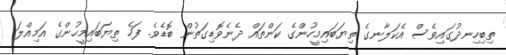
ތިބިހިނދުގައިވެސް އެކަލާނގެ ތިޔަބައިމީހުންގެ ކަންތައް ދެނެވޮޑިގަތުން ބޮޑެވެ. ފަހެ ތިޔަބައިމީހުންގެ އަމިއްލަ